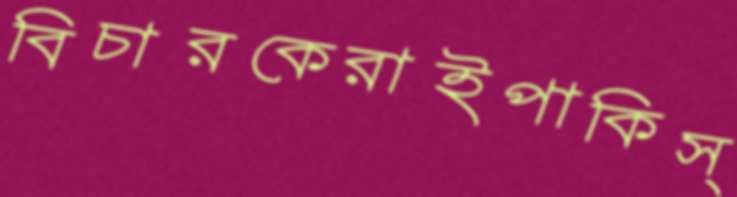
বিচারকেরাইপাকিস্